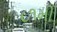
૮૧મી